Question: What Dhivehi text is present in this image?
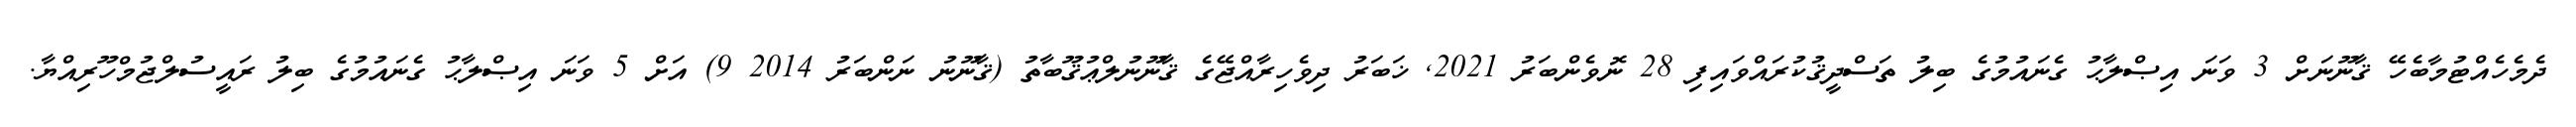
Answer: ދެމެހެއްޓުމާބެހޭ ޤާނޫނަށް 3 ވަނަ އިޞްލާޙު ގެނައުމުގެ ބިލު ތަސްދީޤުކުރައްވައިފި 28 ނޮވެންބަރު 2021, ޚަބަރު ދިވެހިރާއްޖޭގެ ޤާނޫނުލްޢުޤޫބާތު (ޤާނޫނު ނަންބަރު 2014 9) އަށް 5 ވަނަ އިޞްލާޙު ގެނައުމުގެ ބިލު ރައީސުލްޖުމްހޫރިއްޔާ.